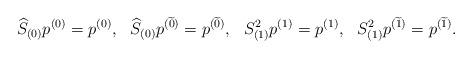
LaTeX: \begin{align*}\widehat{S}_{(0)}p^{( 0)}=p^{( 0)},~~\widehat{S}_{(0)}p^{(\widetilde{0})}=p^{(\widetilde{0})} ,~~S_{(1)}^2 p^{(1)}=p^{(1)},~~S^2_{(1)}p^{(\widetilde{1})}=p^{(\widetilde{1})} .\end{align*}